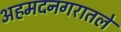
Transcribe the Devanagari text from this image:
अहमदनगरातले